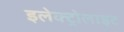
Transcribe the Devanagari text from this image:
इलेक्‍ट्रोलाइट